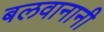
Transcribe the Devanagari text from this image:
बलवानानी